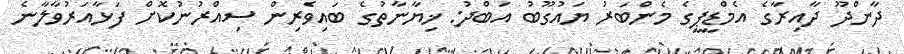
ދާންދޫ ދާއިރާގެ އެމްޑީޕީގެ މެންބަރު ޔައުގޫބު އަބްދު: ޚިޔާނާތުގެ ބައިވެރިން ސިއްރުނުކޮށް ފަޅާއަރުވާލާނެ